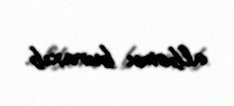
albomu buraxıb.